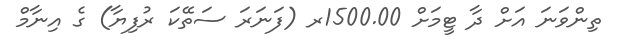
ތިންވަނަ އަށް ދާ ޓީމަށް 1500.00ރ (ފަނަރަ ސަތޭކަ ރުފިޔާ) ގެ އިނާމް